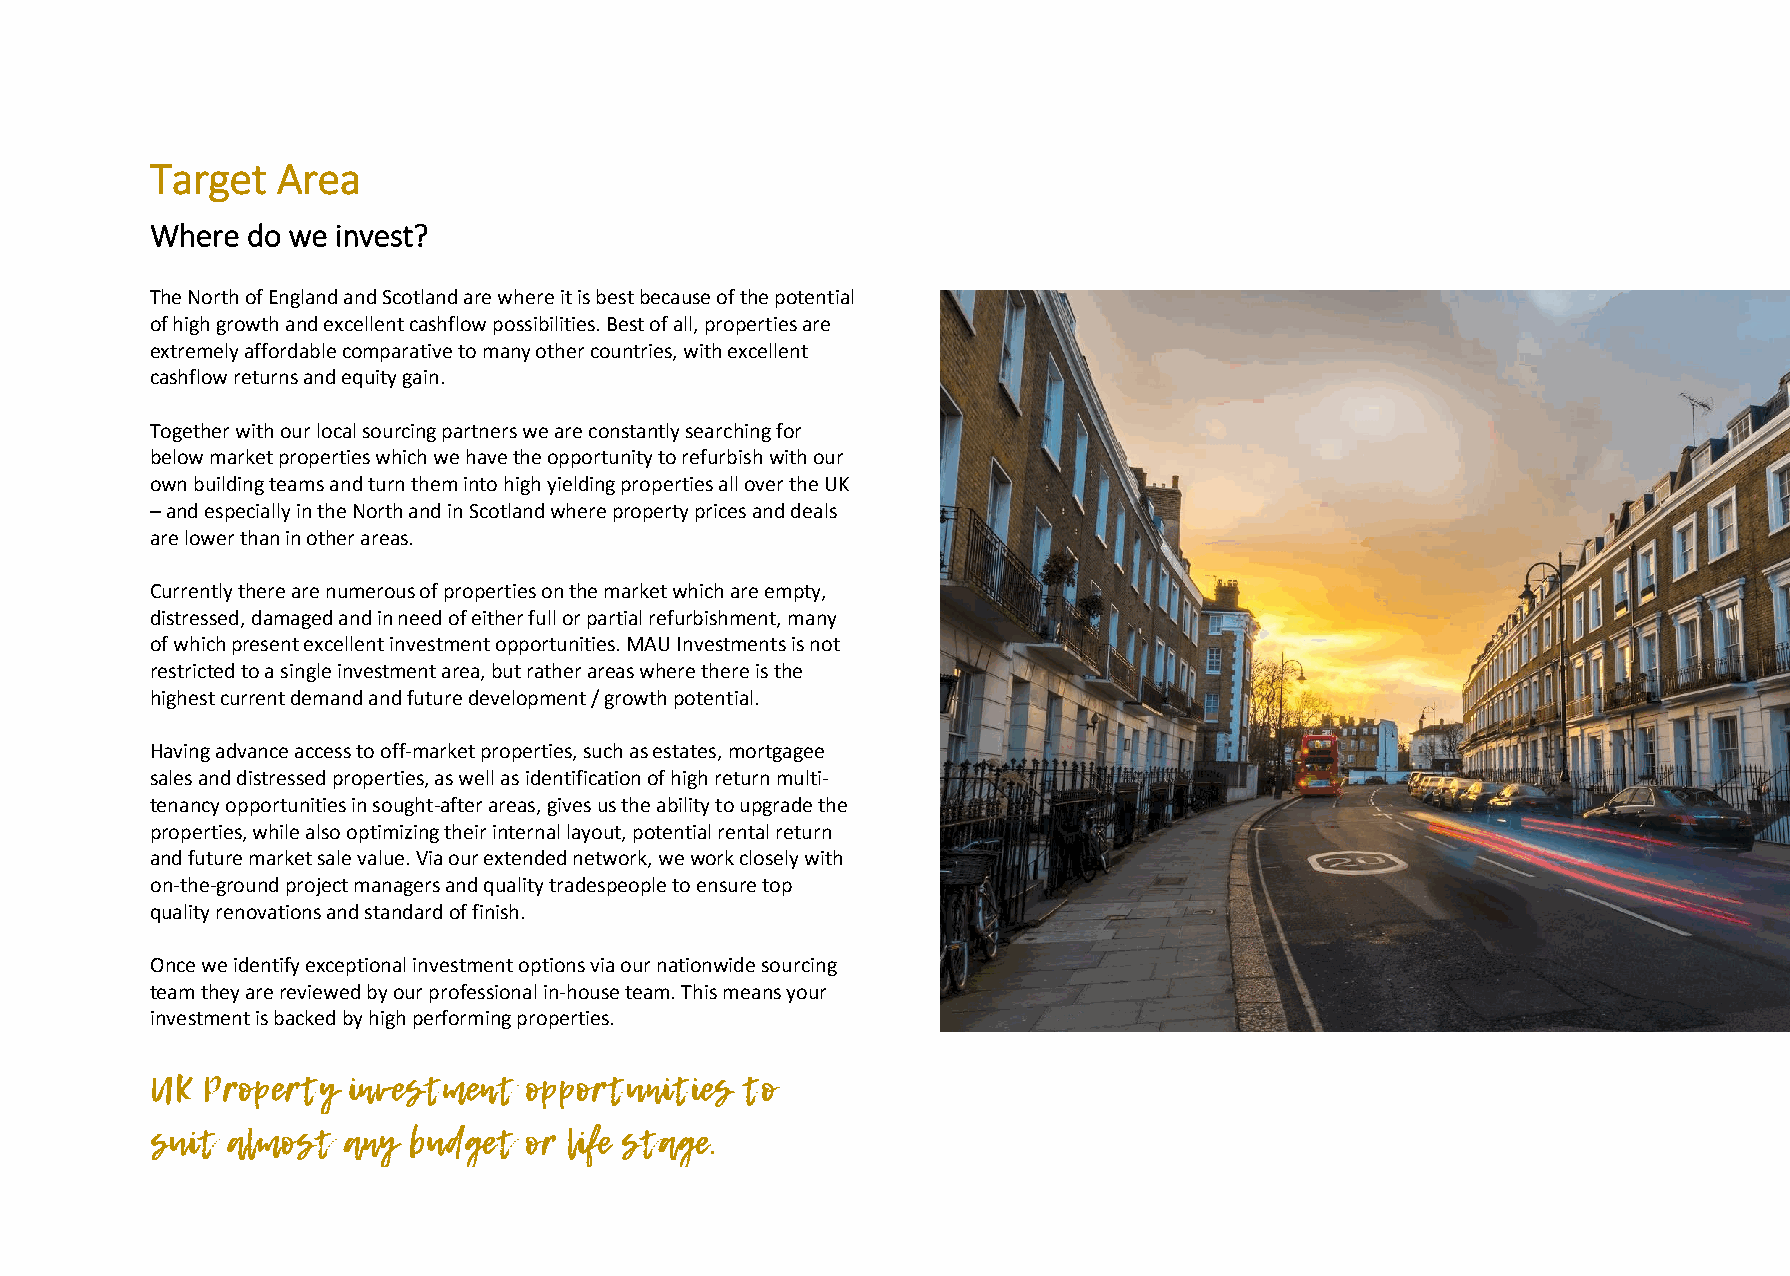
Target  Area
 Where do we invest?
 The North of England and Scotland are where it is best because of the potential
 of high growth and excellent cashflow possibilities. Best of all, properties are
 extremely affordable comparative to many other countries, with excellent
 cashflow returns and equity gain.
 Together with our local sourcing partners we are constantly searching for
 below market properties which we have the opportunity to refurbish with our
 own building teams and turn them into high yielding properties all over the UK
 – and especially in the North and in Scotland where property prices and deals
 are lower than in other areas.
 Currently there are numerous of properties on the market which are empty,
 distressed, damaged and in need of either full or partial refurbishment, many
 of which present excellent investment opportunities. MAU Investments is not
 restricted to a single investment area, but rather areas where there is the
 highest current demand and future development / growth potential.
 Having advance access to off-market properties, such as estates, mortgagee
 sales and distressed properties, as well as identification of high return multi-
 tenancy opportunities in sought-after areas, gives us the ability to upgrade the
 properties, while also optimizing their internal layout, potential rental return
 and future market sale value. Via our extended network, we work closely with
 on-the-ground project managers and quality tradespeople to ensure top
 quality renovations and standard of finish.
 Once we identify exceptional investment options via our nationwide sourcing
 team they are reviewed by our professional in-house team. This means your
 investment is backed by high performing properties.